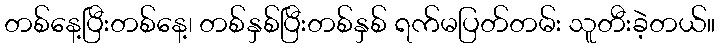
တစ်နေ့ပြီးတစ်နေ့၊ တစ်နှစ်ပြီးတစ်နှစ် ရက်မပြတ်တမ်း သူတီးခဲ့တယ်။